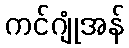
ကင်ဂျုံအန်